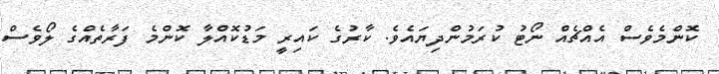
ކޮންމެވެސް އެއްޗެއް ނޯޓު ކުރަމުންދިޔައެވެ. ކާރުގެ ކައިރީ މަޑުކޮއްލާ ކޮންމެ ފަރާތެއްގެ ލޯވެސް